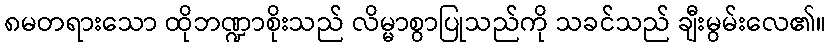
၈မတရားသော ထိုဘဏ္ဍာစိုးသည် လိမ္မာစွာပြုသည်ကို သခင်သည် ချီးမွမ်းလေ၏။